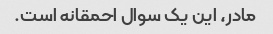
مادر، این یک سوال احمقانه است.